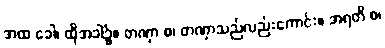
အထ ခေါ၊ ထိုအခါ၌။ တဏှာ စ၊ တဏှာသည်လည်းကောင်း။ အရတိ စ၊